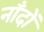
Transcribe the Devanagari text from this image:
नाँदों